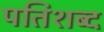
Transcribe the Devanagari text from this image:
पतिशब्द